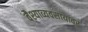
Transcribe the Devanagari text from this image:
वैश्याव्यवसायावर